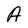
Character: A